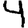
Digit: 4